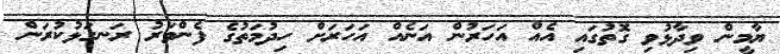
ޔާމީން ވިދާޅުވި ގޮތުގައި އެއް އަހަރުން އަނެއް އަހަރަށް ހިދުމަތުގެ ފެންވަރު ރަނގަޅުކުރަން